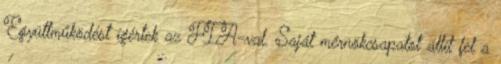
Együttműködést ígértek az FIA-val. Saját mérnökcsapatot állít fel a